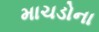
માચડોના